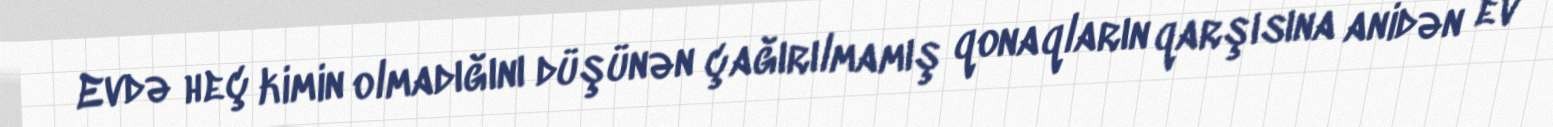
Evdə heç kimin olmadığını düşünən çağırılmamış qonaqların qarşısına anidən ev